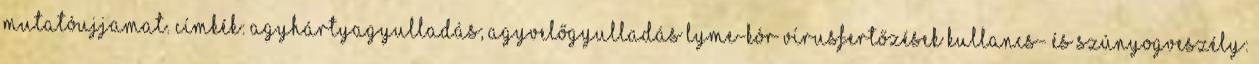
mutatóujjamat. Címkék: Agyhártyagyulladás; agyvelőgyulladás Lyme-kór Vírusfertőzések Kullancs- és szúnyogveszély: